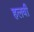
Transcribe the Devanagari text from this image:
हलवी